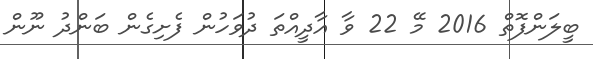
ބީލަންފޮތް 2016 މޭ 22 ވާ އާދީއްތަ ދުވަހުން ފެށިގެން ބަންދު ނޫން